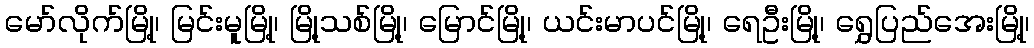
မော်လိုက်မြို့၊ မြင်းမူမြို့၊ မြို့သစ်မြို့၊ မြောင်မြို့၊ ယင်းမာပင်မြို့၊ ရေဦးမြို့၊ ရွှေပြည်အေးမြို့၊